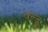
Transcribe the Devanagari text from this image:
वल्ड्र